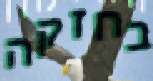
בחזקה